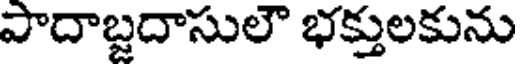
పాదాబ్జదాసులౌ భక్తులకును